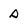
Character: s